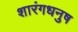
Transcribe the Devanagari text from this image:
शारंगधनुष